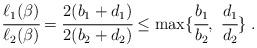
LaTeX: \begin{align*}\cfrac{\ell_1(\beta)}{\ell_2(\beta)}&= \cfrac{2(b_1+d_1)}{2(b_2+d_2)}\leq \max \{ \cfrac{b_1}{b_2},\ \cfrac{d_1}{d_2} \} \ .\end{align*}